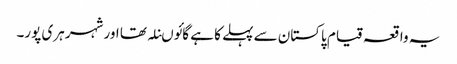
یہ واقعہ قیام پاکستان سے پہلے کا ہے گائوںنلہ تھا اور شہر ہری پور۔